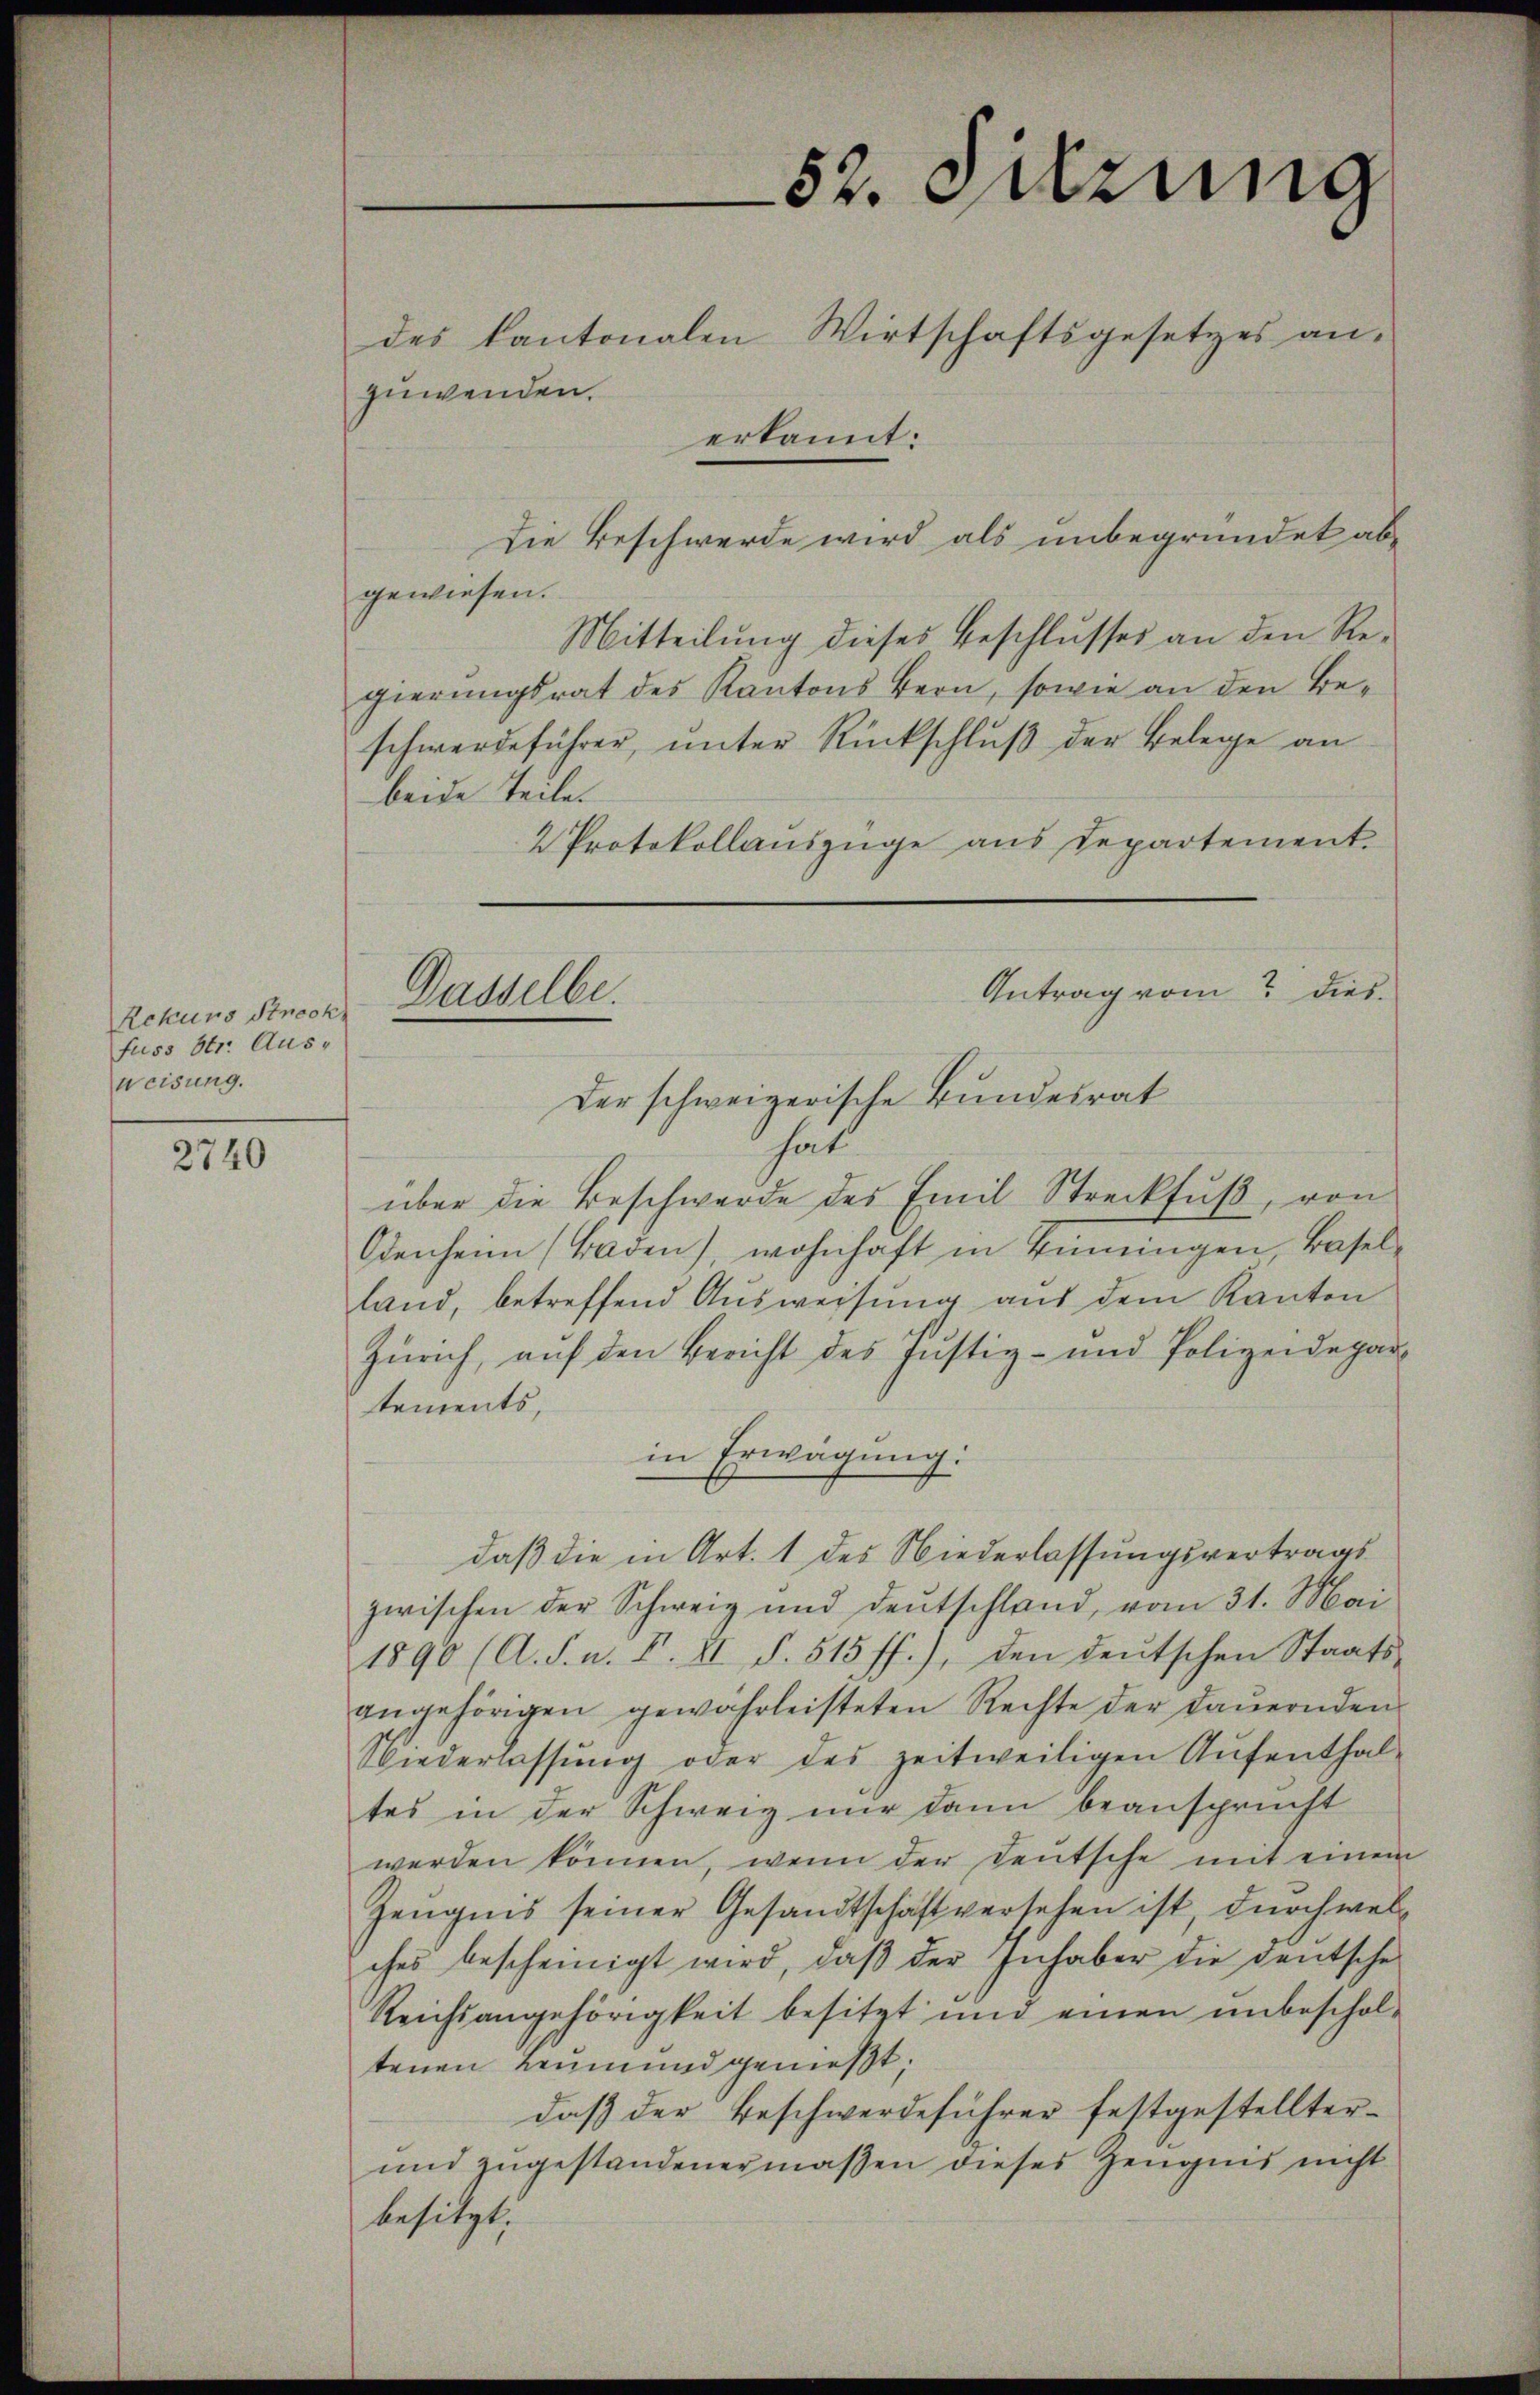
Rekurs Streck
fuss Str. Aus-
weisung.

2740

52. Särung
des kantonalen Wirtschaftsgesetzes an-
zuwenden.
erkannt:

Die Beschwerde wird als unbegründet abgewiesen.
Mitteilung dieses Beschlusses an den Regierungsrat des Kantons Bern, sowie an den Beschwerdeführer, unter Rückschluß der Belege an
beide Teile.
2 Protokollauszüge aus Departement.
Antrag vom Dies
Dasselbe.

Der schweizerische Bundesrat
hat
über die Beschwerde des Emil Streckfuß, von
Odenheim (Baden), wohnhaft in Binningen Baselland, betreffend Ausweisung aus dem Kanton
Zürich, auf den Bericht des Justiz- und Polizeidepar-
tements,
in Erwägung:
daß die in Art. 1 des Niederlassungsvertragszwischen der Schweiz und Deutschland, vom 31. Mai
1890 (A. S. n. F. II S. 515 ff.), den deŭtschen Staats-
angehörigen gewahrleisteten Rechte der daŭernden
Niederlassung oder des zeitweiligen Aufenthal-
tes in der Schweiz nur dann beansprucht
werden können, wenn der Deutsche mit einem
Zeugnis seiner Gesandtschaft versehen ist, durch welches bescheinigt wird, daβ der Inhaber die deutsche
Reichsangehörigkeit besitzt und einen unbescholtenen Leumund genießt;
daß der Beschwerdeführer festgestellter¬
und zugestandenermaßen dieses Zeugnis nicht
besitzt,